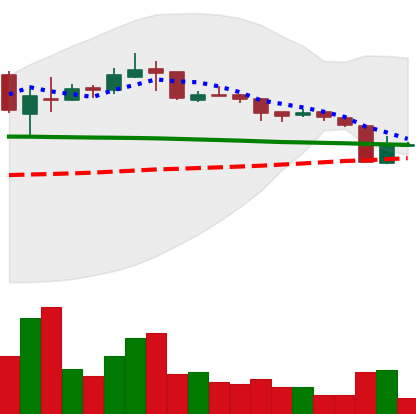
Ticker: XRP-USD
Chart end date: 2018-10-13
Forward return: 9.274%
Label: up_7plus